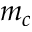
m _ { c }